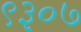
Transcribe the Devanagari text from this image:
९३०७